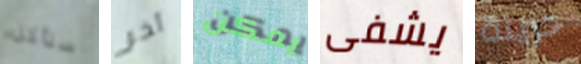
سنأكل آخر يمكن يشفى حزينة